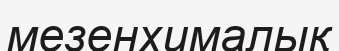
мезенхималық